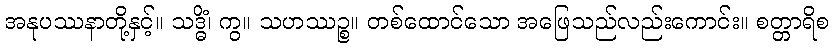
အနုပဿနာတို့နှင့်။ သဒ္ဓိံ၊ ကွ။ သဟဿဉ္စ။ တစ်ထောင်သော အဖြေသည်လည်းကောင်း။ စတ္တာရိစ